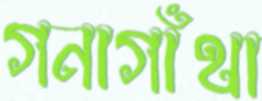
গনাগাঁথা